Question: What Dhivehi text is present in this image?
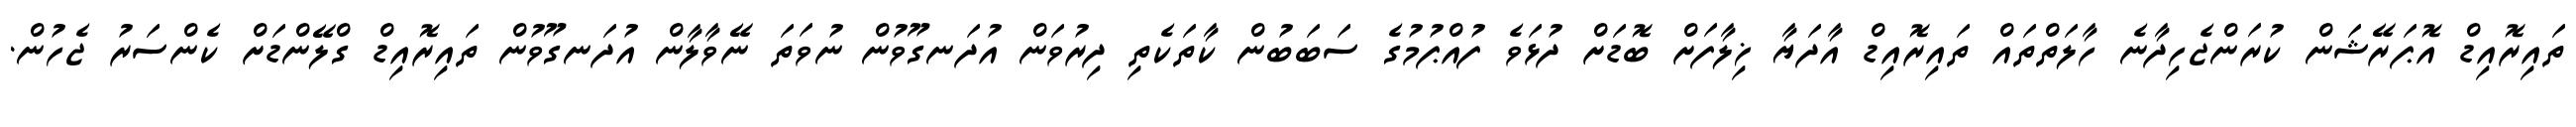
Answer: ތައިރޮއިޑް އޮޕަރޭޝަން ކުރަންޖެހިދާނެ ހާލަތްތައް ތައިރޮއިޑް އާދަޔާ ޚިލާފަށް ބޮޑަށް ދުޅަވެ ފުއްޕުމުގެ ސަބަބުން ކާތަކެތި ދިރުވަން އުދަނގޫވުން ނުވަތަ ނޭވާލާން އުދަނގޫވުން ތައިރޮއިޑް ގްލޭންޑަށް ކެންސަރު ޖެހުން.